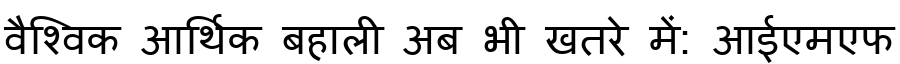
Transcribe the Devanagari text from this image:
वैश्विक आर्थिक बहाली अब भी खतरे में: आईएमएफ